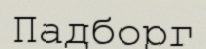
Падборг